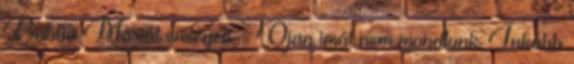
Babba Máriát emlegeti. - Ojan imát nem mondtunk. Inkább